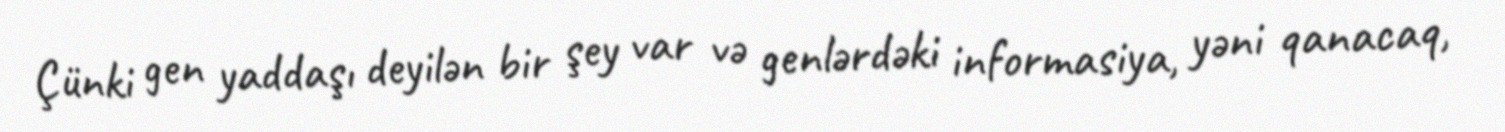
Çünki gen yaddaşı deyilən bir şey var və genlərdəki informasiya, yəni qanacaq,